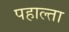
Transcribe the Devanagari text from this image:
पहाल्ता